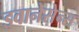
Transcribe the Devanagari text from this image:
इवानेसेन्स